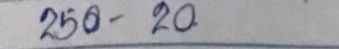
250 - 20